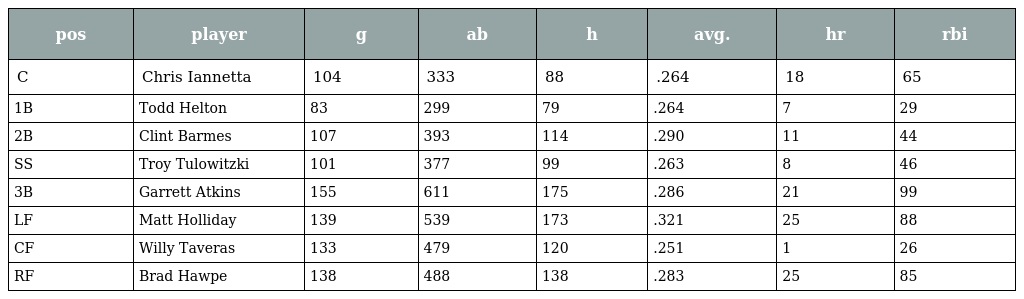
| pos | player | g | ab | h | avg. | hr | rbi |
 | --- | --- | --- | --- | --- | --- | --- | --- |
 | C | Chris Iannetta | 104 | 333 | 88 | .264 | 18 | 65 |
 | 1B | Todd Helton | 83 | 299 | 79 | .264 | 7 | 29 |
 | 2B | Clint Barmes | 107 | 393 | 114 | .290 | 11 | 44 |
 | SS | Troy Tulowitzki | 101 | 377 | 99 | .263 | 8 | 46 |
 | 3B | Garrett Atkins | 155 | 611 | 175 | .286 | 21 | 99 |
 | LF | Matt Holliday | 139 | 539 | 173 | .321 | 25 | 88 |
 | CF | Willy Taveras | 133 | 479 | 120 | .251 | 1 | 26 |
 | RF | Brad Hawpe | 138 | 488 | 138 | .283 | 25 | 85 |